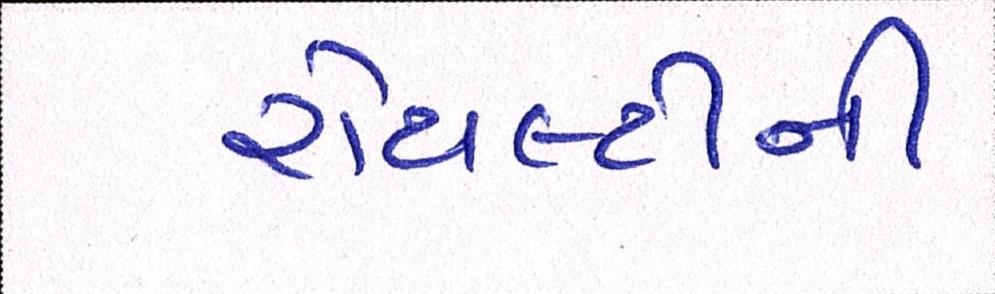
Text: રોયલ્ટીની